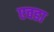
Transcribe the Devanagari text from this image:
एवडा